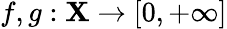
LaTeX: f,g:\mathbf{X}\to[0,+\infty]